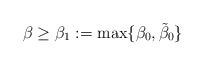
LaTeX: \begin{align*} \beta \geq \beta_1 := \max\{\beta_0 , \tilde\beta_0\}\end{align*}